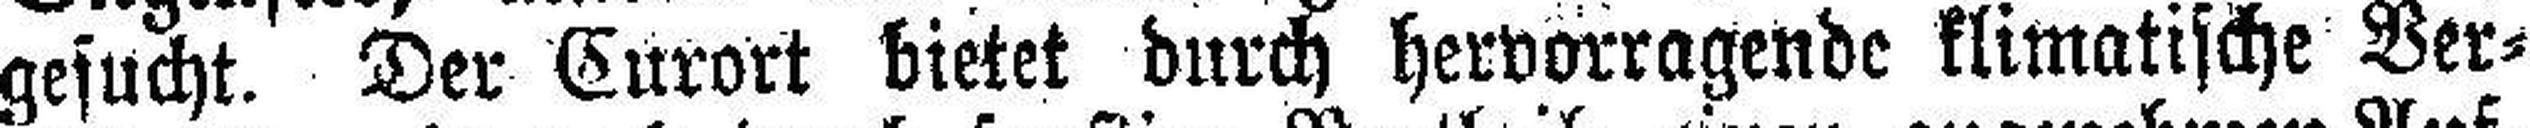
gesucht. Der Curort bietet durch hervorragende klimatische Ver¬